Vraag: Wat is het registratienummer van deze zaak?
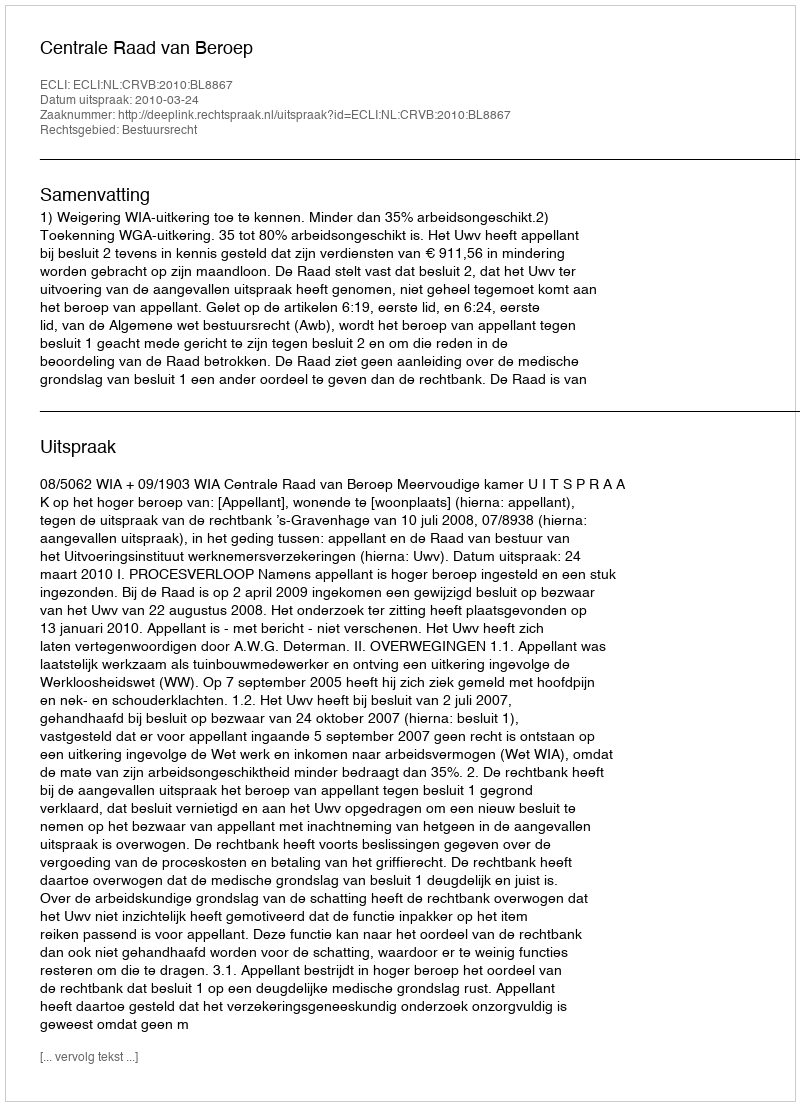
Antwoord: http://deeplink.rechtspraak.nl/uitspraak?id=ECLI:NL:CRVB:2010:BL8867